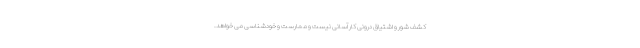
کشف شور و اشتیاق درونی کار آسانی نیست و ممارست و خودشناسی می خواهد.